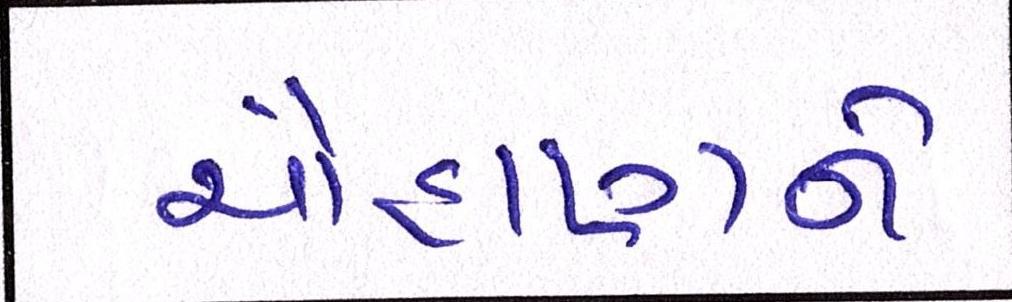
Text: ચૌહાણને